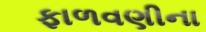
ફાળવણીના